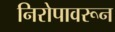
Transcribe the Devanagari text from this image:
निरोपावरून